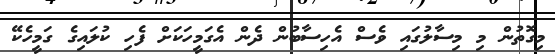
މިގޮތުން މި މިސާލުގައި ވެސް އެހިސާބުން ދެން އެގަމީހަކަށް ފެހި ކުލައިގެ ގަމީހެކޭ